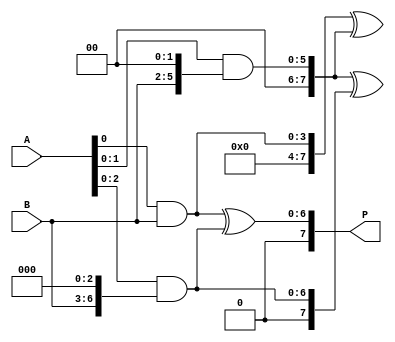
module wallace_tree_multiplier(
    input [3:0] A,
    input [3:0] B,
    output reg [7:0] P
);

reg [7:0] partial_products[2:0];

// Partial product generation
always @*
begin
    partial_products[0] = A[0] & B;
    partial_products[1] = {A[1], A[0]} & {B, 2'b0};
    partial_products[2] = {A[2], A[1], A[0]} & {B, 3'b0};

end

// Partial product reduction (Wallace tree structure)
always @*
begin
    partial_products[0] = partial_products[0] ^ partial_products[1];
    partial_products[1] = partial_products[1] ^ partial_products[2];
    partial_products[2] = partial_products[2];

end

// Final product accumulation
always @*
begin
    P = partial_products[0] ^ partial_products[1] ^ partial_products[2];
end

endmodule